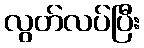
လွတ်လပ်ပြီး